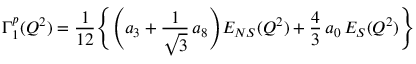
\Gamma _ { 1 } ^ { p } ( Q ^ { 2 } ) = { \frac { 1 } { 1 2 } } \Biggl \{ \Biggl ( a _ { 3 } + { \frac { 1 } { \sqrt 3 } } \, a _ { 8 } \Biggl ) E _ { N S } ( Q ^ { 2 } ) + { \frac { 4 } { 3 } } \, a _ { 0 } \, E _ { S } ( Q ^ { 2 } ) \Biggl \}